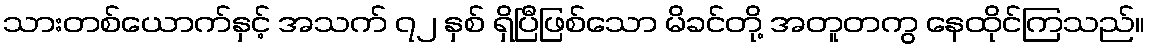
သားတစ်ယောက်နှင့် အသက် ၇၂ နှစ် ရှိပြီဖြစ်သော မိခင်တို့ အတူတကွ နေထိုင်ကြသည်။